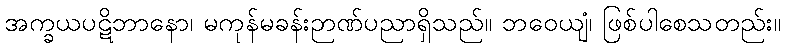
အက္ခယပဋိဘာနော၊ မကုန်မခန်းဉာဏ်ပညာရှိသည်။ ဘဝေယျံ၊ ဖြစ်ပါစေသတည်း။